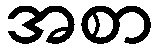
အစာ